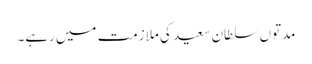
مدتوں سلطان سعید کی ملازمت میں رہے۔